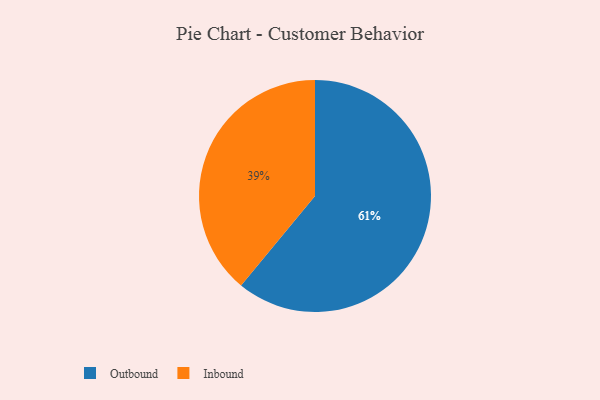
{"axis": {"x": "Category", "y": "Percentage"}, "legend": ["Inbound", "Outbound"], "data": [{"x": "Outbound", "y": 61, "type": "Outbound"}, {"x": "Inbound", "y": 39, "type": "Inbound"}]}